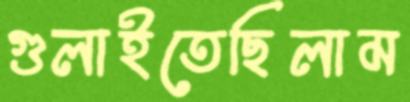
গুলাইতেছিলাম